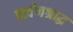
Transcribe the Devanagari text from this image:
पार्वणश्राद्ध